Civil Veterinary Department Bihar & Orissa reports 1911-21 - 1911-1921
Year: 1911
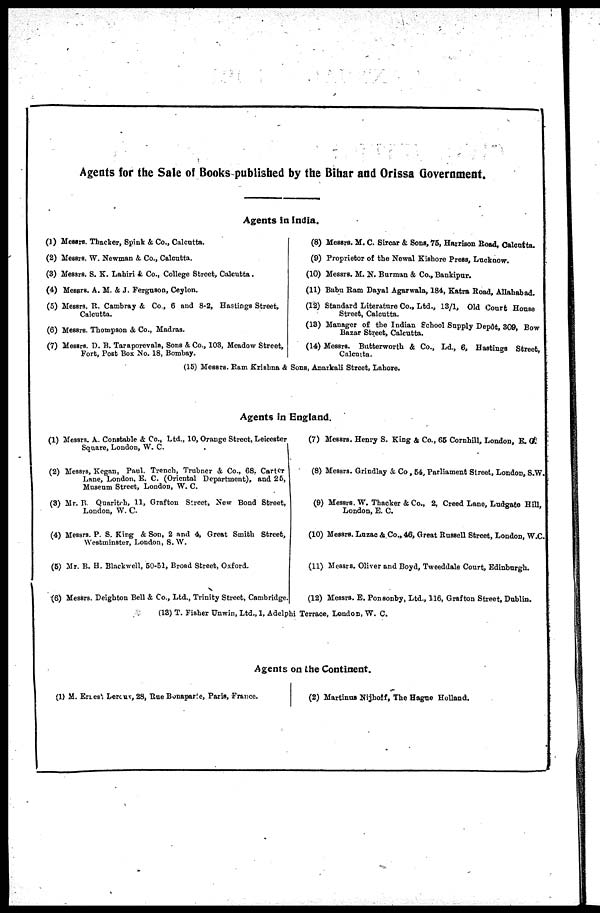
Agents for the Sale of Books published by the Bihar and Orissa Government.
Agents in India.
(1) Messrs. Thacker, Spink & Co., Calcutta.
(2) Messrs. W. Newman &, Co., Calcutta.
(3) Messrs. S. K. Lahiri &. Co., College Street, Calcutta.
(4) Messrs. A. M. & J. Ferguson, Ceylon.
(5) Messrs. R. Cambray & Co., 6 and 8-2, Hastings Street,
Calcutta.
(6) Messrs. Thompson & Co., Madras.
(7) Messrs. D. B. Taraporevala, Sons &, Co., 103, Meadow Street,
Fort, Post Box No. 18, Bombay.
(8) Messrs. M. C. Sircar &. Sons, 75, Harrison Road, Calcutta.
(9) Proprietor of the Newal Kishore Press, Lucknow.
(10) Messrs. M. N. Burman & Co., Bankipur.
(11) Babu Ram Dayal Agarwala, 184, Katra Road, Allahabad.
(12) Standard Literature Co., Ltd., 13/1, Old Court House
Street, Calcutta.
(13) Manager of the Indian School Supply Depôt, 309, Bow
Bazar Street, Calcutta.
(14) Messrs. Butterworth & Co., Ld., 6, Hastings Street
Calcutta.
(15) Messrs. Ram Krishna & Sons, Anarkali Street, Lahore.
Agents in England.
(1) Messrs. A. Constable & Co., Ltd., 10, Orange Street, Leicester
Square, Loudon, W. C.
(2) Messrs, Kegan, Paul. Trench, Trubner & Co., 68. Carter
Lane, London, E. C. (Oriental Department), and 25,
Museum Street, London, W. C.
(3) Mr. B. Quaritch, 11, Grafton Street, New Bond Street,
Loudon, W. C
(4) Messrs. P. S. King & Son, 2 and 4, Great Smith Street,
Westminster, London, S. W.
(5) Mr. B. H. Blackwell, 50-51, Broad Street, Oxford.
(6) Messrs. Deighton Bell & Co., Ltd., Trinity Street, Cambridge.
(7) Messrs. Henry S. King & Co., 66 Cornhill, London, E. C.
(8) Messrs. Grindlay & Co, 54, Parliament Street, London, S.W.
(9) Messrs. W. Thacker & Co., 2, Creed Lane, Ludgate Hill,
London, E. C.
(10) Messrs. Luzac & Co., 46, Great Russell Street, London, W.C.
(11) Messrs. Oliver and Boyd, Tweeddale Court, Edinburgh.
(12) Messrs. E. Ponaonby, Ltd., 116, Grafton Street, Dublin.
(13) T. Fisher Unwin, Ltd., 1, Adelphi Terrace, London, W. C.
Agents on the Continent.
(1) M. ErLes Lercuv, 28, Rue Bonaparie, Paris, France.
(2) Martinus Nijhoff, The Hague Holland.